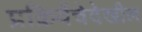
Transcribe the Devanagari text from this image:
प्रक्रियेंचेदेखील